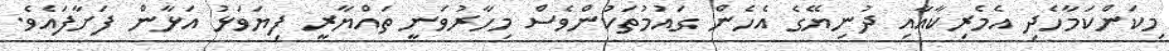
މިކަންކަމާހެދި އެމެރިކާއާއި ދުނިޔޭގެ އެހެން ގައުމުތަކުންވެސް މިހާރުވަނީ ތައްޔާރީ ފިޔަވަޅު އަޅާން ފަށާފައެވެ.